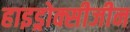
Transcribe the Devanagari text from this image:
हाइड्रोक्सीजीन